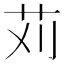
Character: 苅